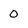
Character: 0